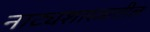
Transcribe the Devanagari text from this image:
नाट्यशास्त्रातील